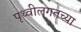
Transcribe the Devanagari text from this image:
पृथ्वीलगतच्या